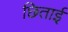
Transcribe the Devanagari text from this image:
छिताई